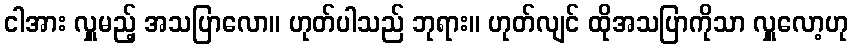
ငါအား လှူမည့် အသပြာလော။ ဟုတ်ပါသည် ဘုရား။ ဟုတ်လျင် ထိုအသပြာကိုသာ လှူလော့ဟု